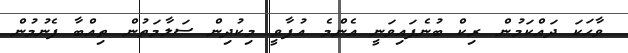
ވާހަކަ ދައްކަމުން ރިކް ބުނެފައިވަނީ އެންމެ އުފާވީ މިކުދިން ސަލާމަތުން ތިއްބާ ފެނުމުން